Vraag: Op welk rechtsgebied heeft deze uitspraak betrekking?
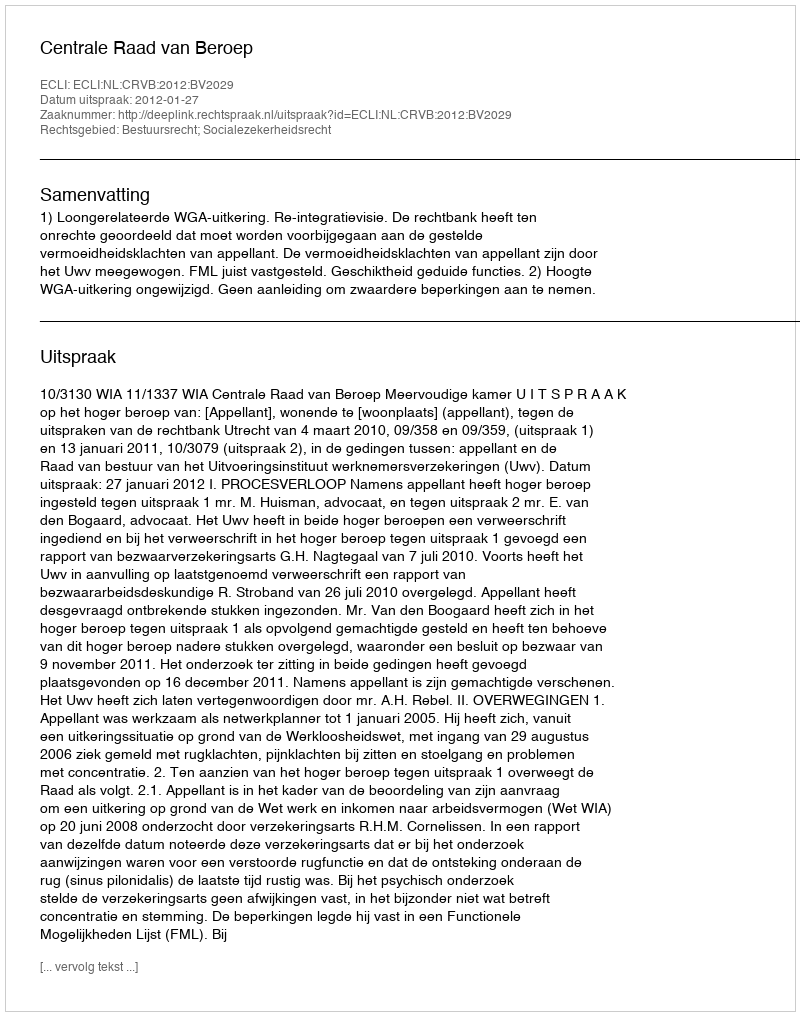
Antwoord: Bestuursrecht; Socialezekerheidsrecht